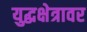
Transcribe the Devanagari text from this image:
युद्धक्षेत्रावर